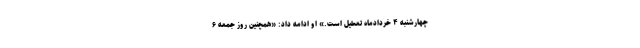
چهارشنبه ۴ خردادماه تعطیل است.» او ادامه داد: «همچنین روز جمعه ۶